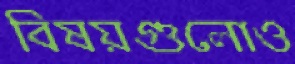
বিষয়গুলোও